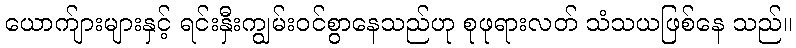
ယောက်ျားများနှင့် ရင်းနှီးကျွမ်းဝင်စွာနေသည်ဟု စုဖုရားလတ် သံသယဖြစ်နေ သည်။